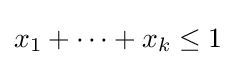
x_{1}+\cdots +x_{k}\leq 1